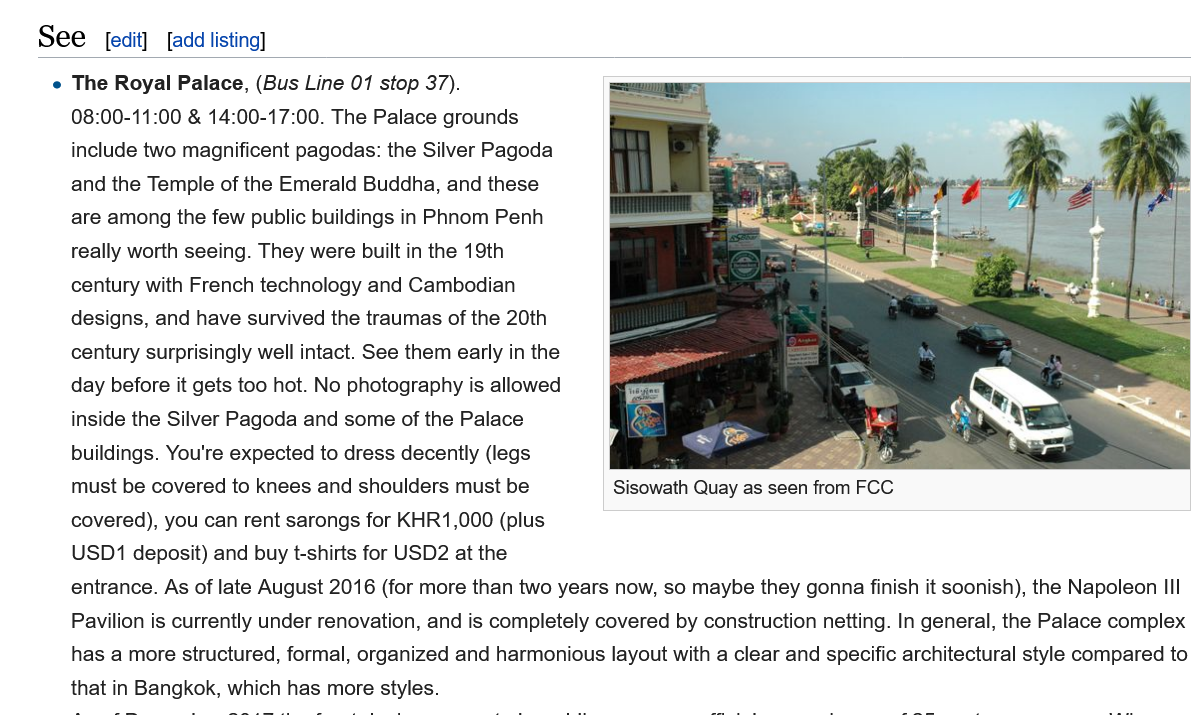
See
     e The Royal Palace, (Bus Line 01 stop 37).
     08:00-11:00 & 14:00-17:00. The Palace grounds
     include two magnificent pagodas: the Silver Pagoda
     and the Temple of the Emerald Buddha, and these
     are among the few public buildings in Phnom Penh
     really worth seeing. They were built in the 19th
     century with French technology and Cambodian
     designs, and have survived the traumas of the 20th
     century surprisingly well intact. See them early in the
     day before it gets too hot. No photography is allowed
     inside the Silver Pagoda and some of the Palace
     buildings. You're expected to dress decently (legs
     must be covered to knees and shoulders must be
     covered), you can rent sarongs for KHR1,000 (plus
     USD1 deposit) and buy t-shirts for USD2 at the
     entrance. As of late August 2016 (for more than two years now, so maybe they gonna finish it soonish), the Napoleon III
     Pavilion is currently under renovation, and is completely covered by construction netting. In general, the Palace complex
     has a more structured, formal, organized and harmonious layout with a clear and specific architectural style compared to
     that in Bangkok, which has more styles.
     Sisowath Quay as seen from FCC
     [edit] [add listing]